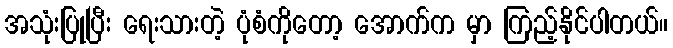
အသုံးပြုပြီး ရေးသားတဲ့ ပုံစံကိုတော့ အောက်က မှာ ကြည့်နိုင်ပါတယ်။